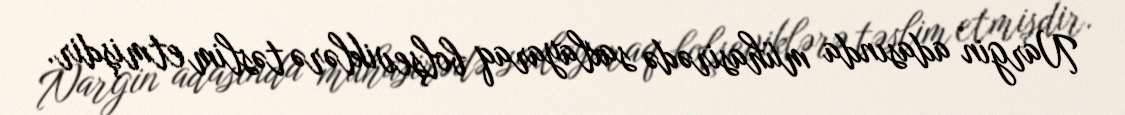
Nargin adasında mühasirədə saxlayaraq bolşeviklərə təslim etmişdir.